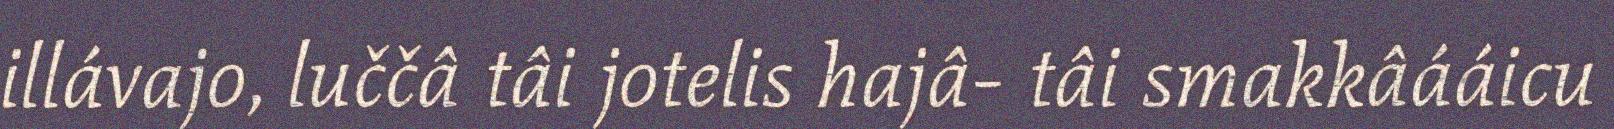
illávajo, luččâ tâi jotelis hajâ- tâi smakkâááicu